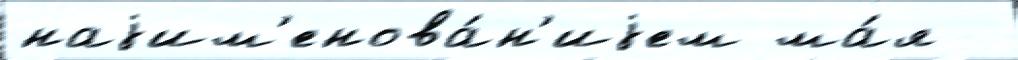
наjим'енова́н'иjем ма́я